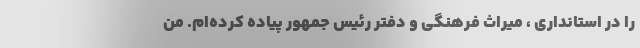
را در استانداری ، میراث فرهنگی و دفتر رئیس جمهور پیاده کرده‌ام. من